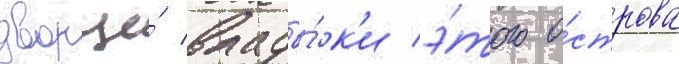
дворце́ влады́к'и э́того о́строва